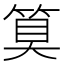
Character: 𮅕